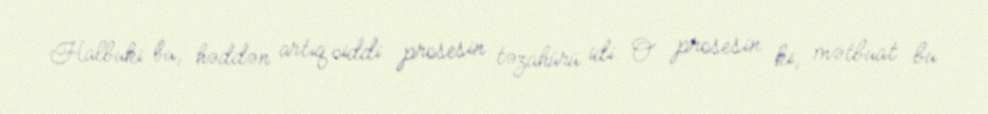
Halbuki bu, həddən artıq ciddi prosesin təzahürü idi. O prosesin ki, mətbuat bu